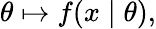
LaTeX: \theta\mapsto f(x\mid\theta),